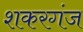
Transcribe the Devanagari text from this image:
शकरगंज